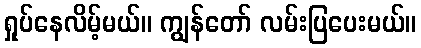
ရှုပ်နေလိမ့်မယ်။ ကျွန်တော် လမ်းပြပေးမယ်။